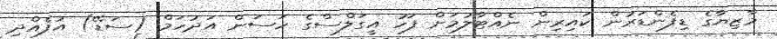
މާޒިޔާގެ ޑިފެންޑަރުން ކައިރިން ނެއްޓާލުމަށް ފަހު އީގަލްސްގެ ހަސަން އަދުހަމް (ސަޑޭ) އުފެއްދި